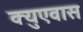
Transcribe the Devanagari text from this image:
क्युएवास